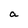
Character: a